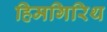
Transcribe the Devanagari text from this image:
हिमगिरिथ